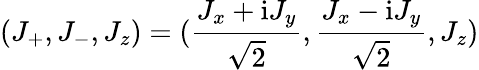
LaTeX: (J_{+},J_{-},J_{z})=(\frac{J_{x}+\mathrm{i}J_{y}}{\sqrt{2}},\frac{J_{x}-\mathrm{i}J_{y}}{\sqrt{2}},J_{z})